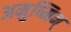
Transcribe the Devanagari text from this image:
अमुष्मिन्